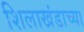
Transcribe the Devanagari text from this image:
शिलाखंडाच्या